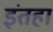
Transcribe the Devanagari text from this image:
इंतहा